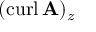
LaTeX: ( \operatorname { c u r l } \mathbf { A } ) _ { z }